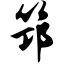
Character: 筇